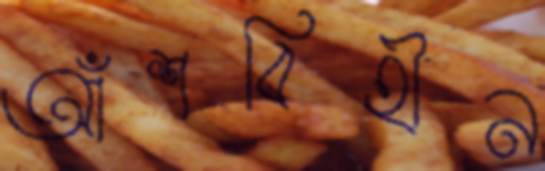
আঁশবিহীন